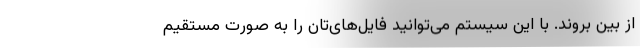
از بین بروند. با این سیستم می‌توانید فایل‌های‌تان را به صورت مستقیم